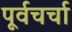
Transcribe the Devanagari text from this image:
पूर्वचर्चा